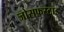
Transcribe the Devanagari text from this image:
जोसफ़स्टाड